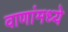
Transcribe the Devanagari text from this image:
वाणांमध्ये